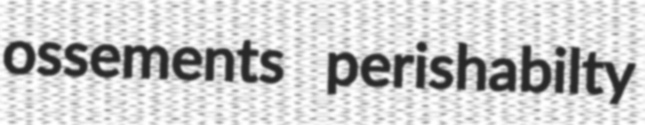
ossements perishabilty